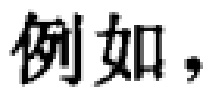
例如，